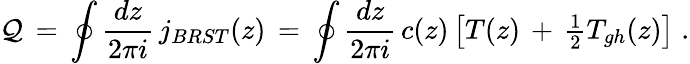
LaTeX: {\cal Q}\, =\, \oint\frac{dz}{2\pi i}\, j_{BRST}(z)\, =\, \oint\frac{dz}{2\pi i}\, c(z)\left[T(z)\, +\, \textstyle{\frac{1}{2}}T_{gh}(z)\right]\; .